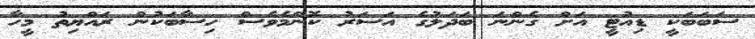
ސަބަބަކީ ޑިއުޓީ އަށް ގެންނަ ބަދަލުގެ އަސަރު ކޮންމެވެސް ހިސާބަކުން ރައްޔިތު މީހާ